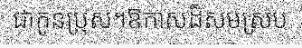
ជាកូនប្រុស។ឱកាសដ៏សមស្រប